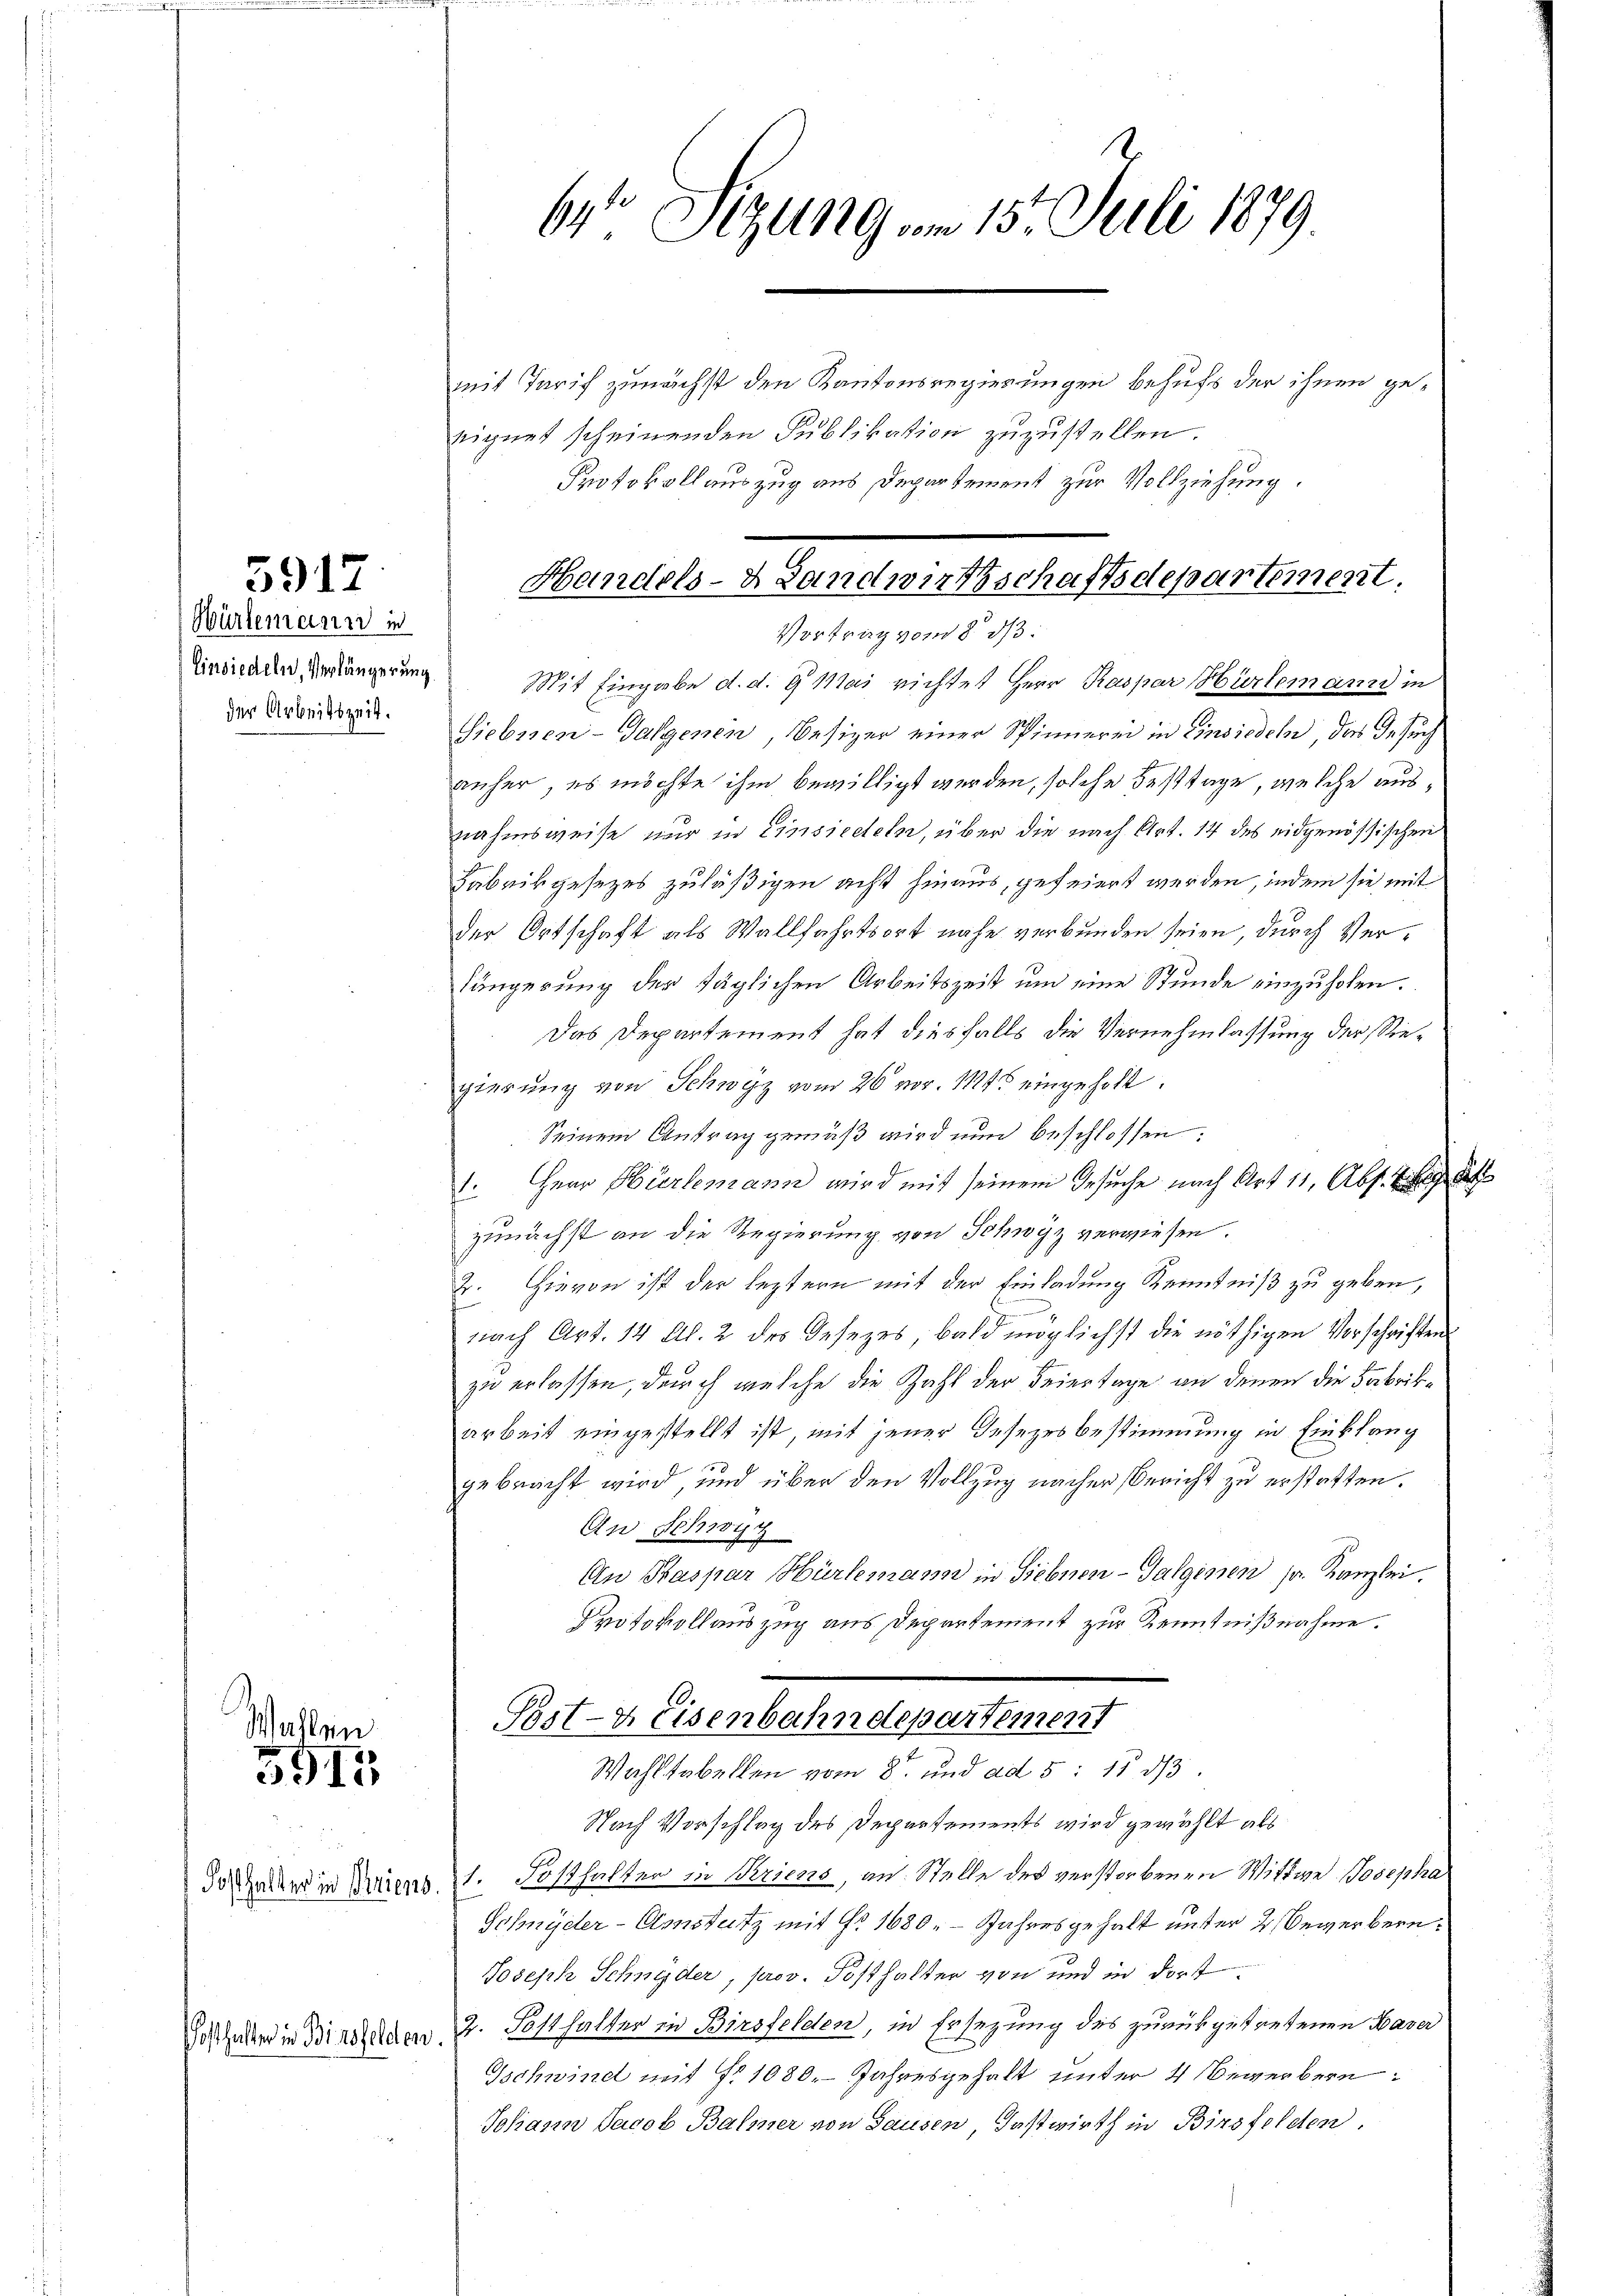
5917

Würlemann in
Einsiedeln, Verlängerung
der Arbeitszeit.

Wahlen

5915

Fosthalter in Oriens.
Fosthalter in Biersfelden

61 Sitzung im 15. Juli 1879
mit Tarif zunächst den Kantonsregierungen behufs der ihnen geeignet scheinenden Publikation zuzustellen.
Protokollauszug aus Departement zur Vollziehung.

Handels- & Landwirtschaftsdepartement.
Vortrag vom 8. ds.

Mit Eingabe d. d. 9 Mai richtet Herr Raspar Hürlemann in
Siebssen-Galgenen, Besizer einer Spinnerei in Einsiedeln das Gesuch
anher, es möchte ihm bewilligt werden, solche Festtage, welche ausnahmsweise nur in Einsiedlen, über die nach Art. 14 des eidgenössischen
Fabrikgesezes zuläßigen acht hinaus, gefeiert werden, indem sie mit
der Ortschaft als Wallfahrtsort nahe verbunden seien, durch Verlängerung der täglichen Arbeitszeit um eine Stunde einzuholen.
Das Departement hat diesfalls die Vernehmlassung der Siegierung von Schwyz vom 26. vor. Mts eingeholt.
Seinem Antrag gemäß wird nun beschlossen:
1. Herr Hürlemann wird mit seinem Gesuche nach Art 11, Abs. Bet
zunächst an die Regierung von Schwyz verwiesen.
2. Hievon ist der leztern mit der Einladung Kenntniß zu geben,
nach Art. 14 Al. 2 des Gesezes, bald möglichst die nöthigen Vorschriften
zu erlassen, durch welche die Zahl der Feiertage an denen die Fabrikarbeit eingestellt ist, mit jener Gesezesbestimmung in Einklang
gebracht wird, und über den Vollzug nacher Bericht zu erstatten.
An Schwyz
An Kaspar Hürlemann in Siebnen-Galginen sr. Kanzlei.
Protokollauszug aus Departement zur Kenntnißnahme.
.
Post- u Eisenbahndepartement

Wahltabellen vom 8. und ad 5: 15 1/3.
Nach Vorschlag des Departements wird gewählt als

1. Posthalter in Kriens, an Stelle des verstorbenen Wittwe Josepha
Schnyder-Emstutz mit Fr. 1680. - Jahresgehalt unter 2, Bewerbern
Joseph Schnyder, prov. Posthalter von und in dort
2. Sosthalter in Birsfelden, in Ersezung des zurükgetretenen Haver
Gschwind mit § 1080. Jahresgehalt unter 4 Bewerbern
Johann Jacob Balmer von Sausen Gastwirth in Birsfolden.